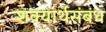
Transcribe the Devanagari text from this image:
शक्यार्थसंबंध